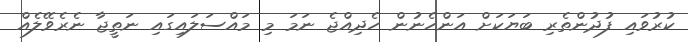
ކުރުވައި ފުދުންތެރި ބަޔަކަށް އަންހެނުން ހެދިއްޖެ ނަމަ މި މައްސަލައިގައި ނަތީޖާ ނެރެވޭލެއް